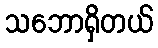
သဘောရှိတယ်